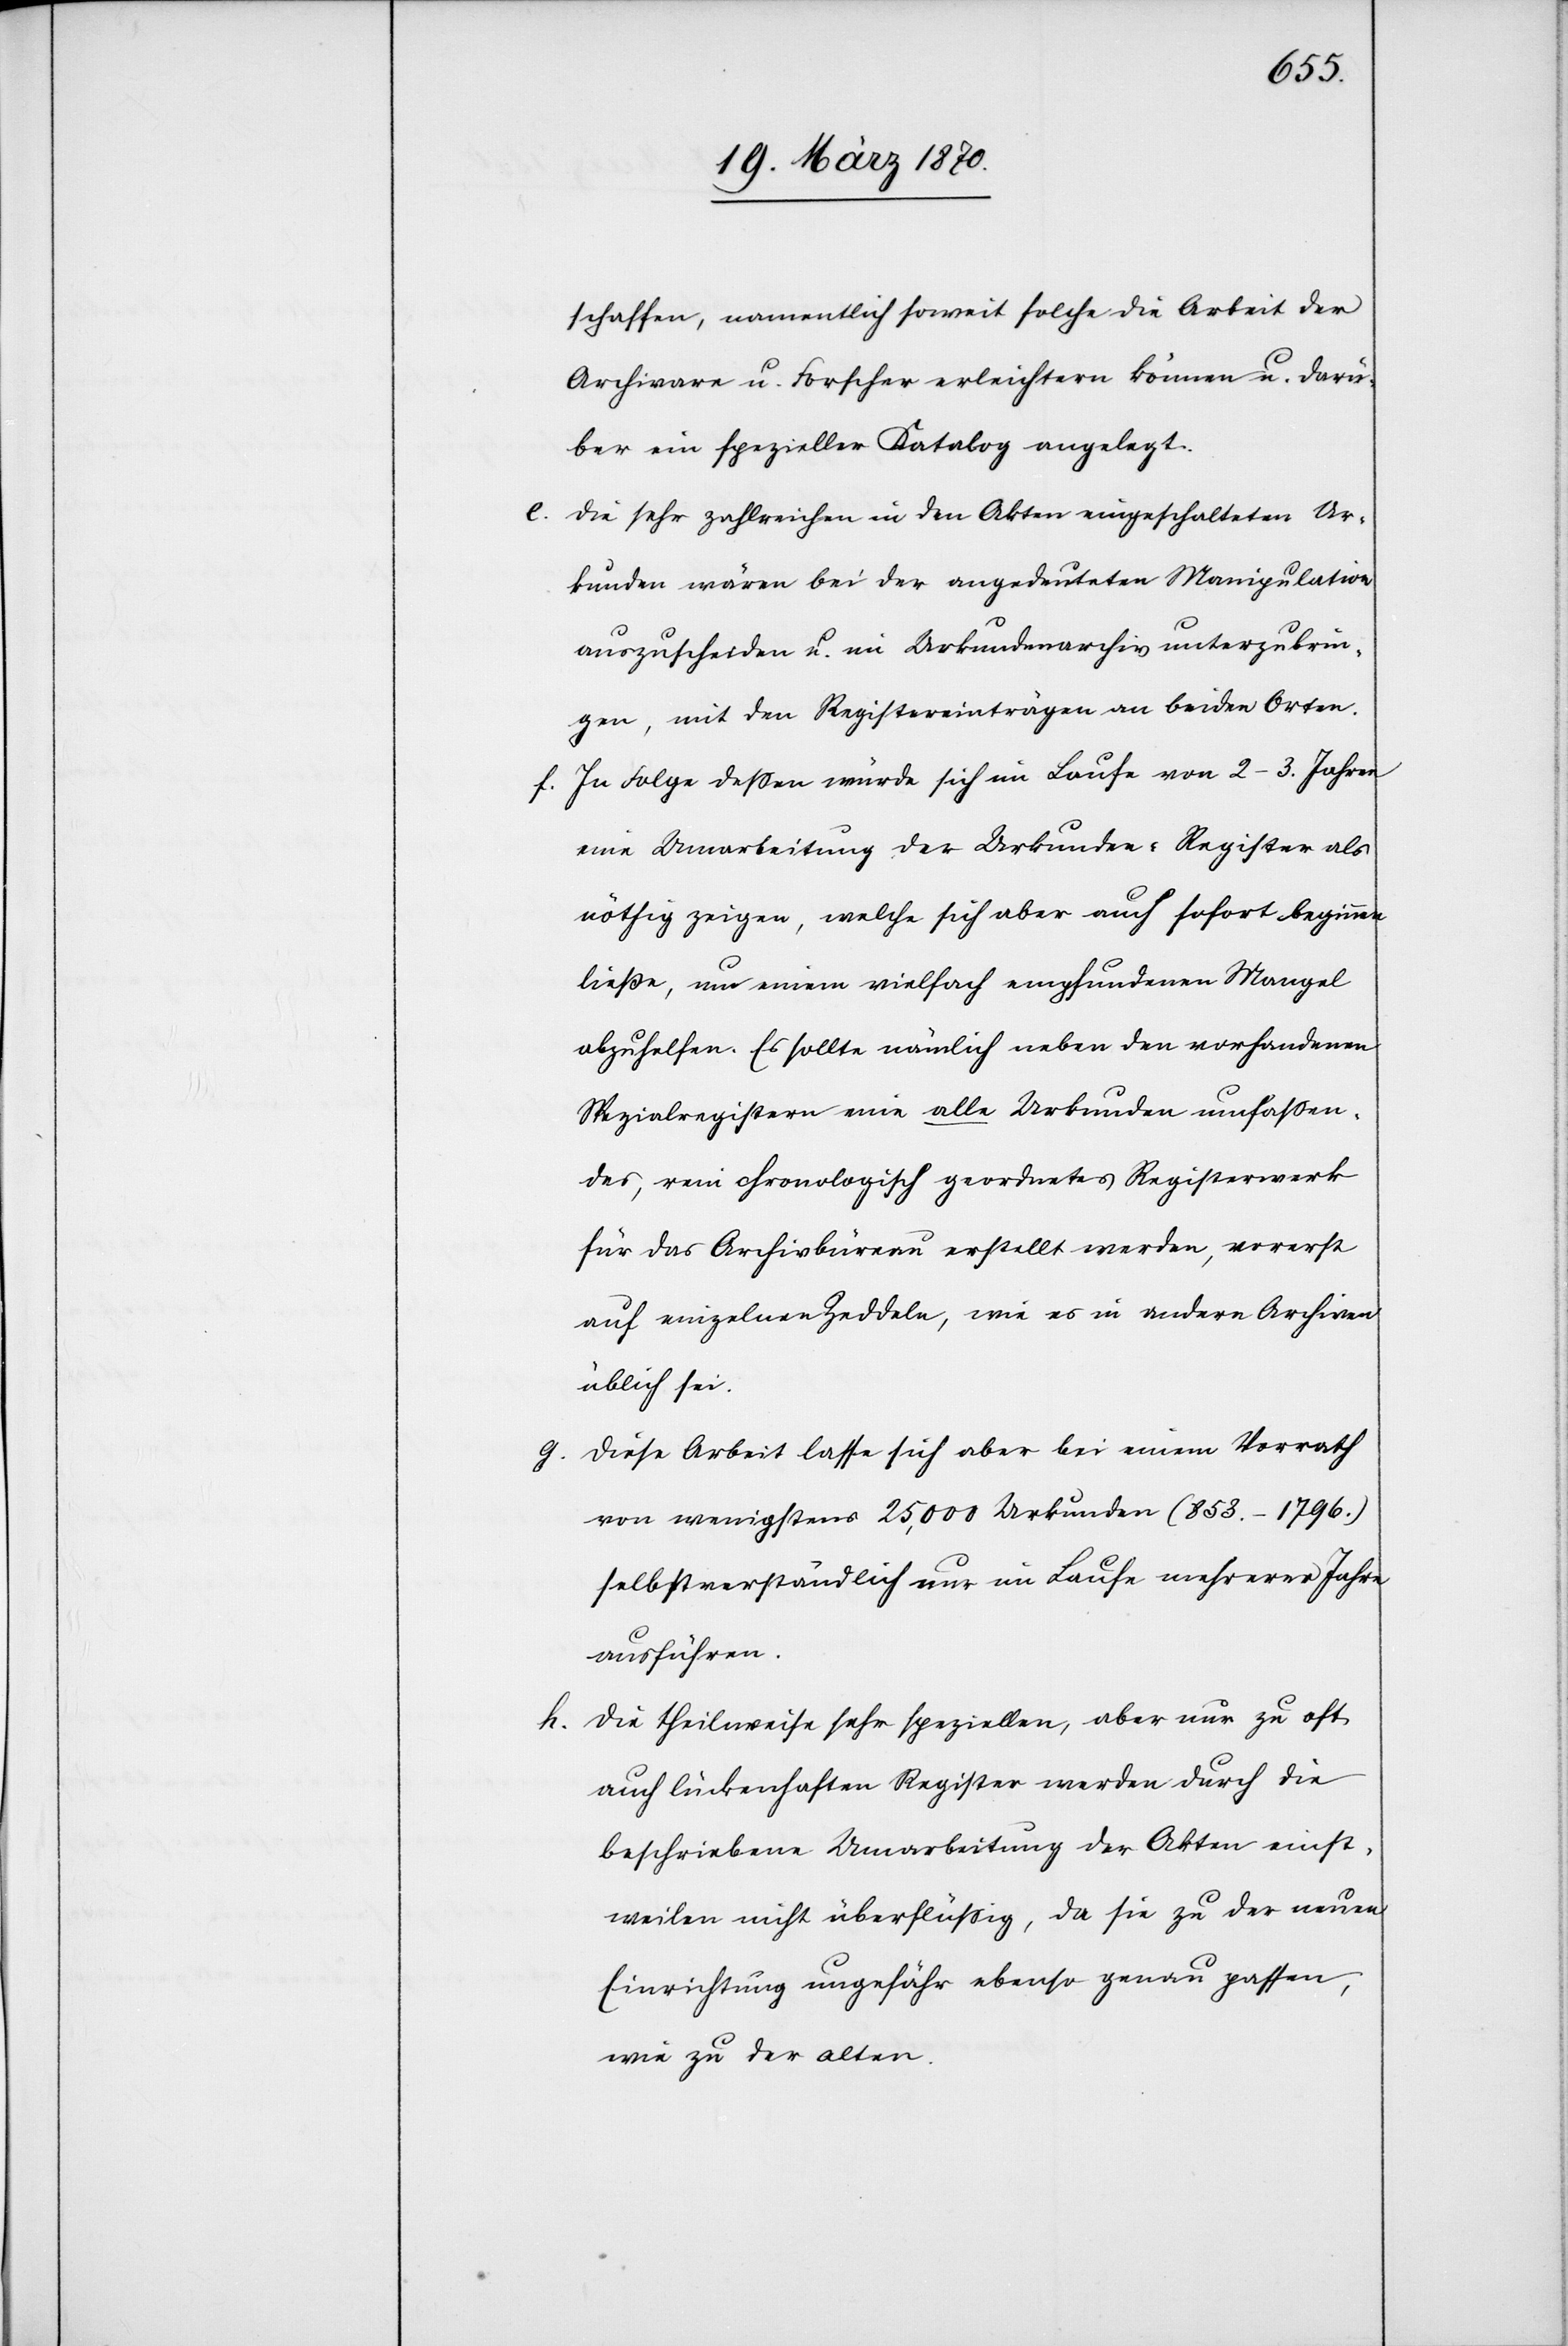
schaffen, namentlich soweit solche die Arbeit der
Archivare u. Forscher erleichtern können u. darü¬
ber ein spezieller Katalog angelegt.
e. Die sehr zahlreichen in den Akten eingeschalteten Ur¬
kunden wären bei der angedeuteten Manipulation
auszuscheiden u. im Urkundenarchiv unterzubrin¬
gen, mit den Registereinträgen an beiden Orten.
f. In Folge dessen würde sich im Laufe von 2–3. Jahren
eine Umarbeitung der Urkunden-Register als
nöthig zeigen, welche sich aber auch sofort beginnen
ließe, um einem vielfach empfundenen Mangel
abzuhelfen. Es sollte nämlich neben den vorhandenen
Spezialregistern eine [sic!] alle Urkunden umfassen¬
des, rein chronologisch geordnetes Registerwerk
für das Archivbüreau erstellt werden, vorerst
auf einzelnen Zeddeln, wie es in andern Archiven
üblich sei.
g. Diese Arbeit lasse sich aber bei einem Vorrath
von wenigstens 25,000 Urkunden (853.–1796.)
selbstverständlich nur im Laufe mehrerer Jahre
ausführen.
h. Die theilweise sehr speziellen, aber nur zu oft
auch lückenhaften Register werden durch die
beschriebene Umarbeitung der Akten einst¬
weilen nicht überflüssig, da sie zu der neuen
Einrichtung ungefähr ebenso genau passen,
wie zu der alten.